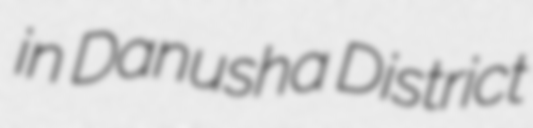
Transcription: in Danusha District